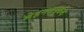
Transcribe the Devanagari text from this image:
मेहनतपूर्वक